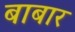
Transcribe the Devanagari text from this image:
बाबार